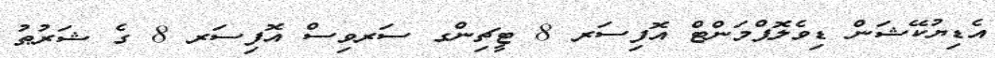
އެޑިޔުކޭޝަން ޑިވެލޮޕްމަންޓް އޮފިސަރ 8 ޓީޗިންގ ސަރވިސް އޮފިސަރ 8 ގެ ޝަރުޠު